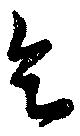
乞